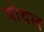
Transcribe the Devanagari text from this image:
बोथल